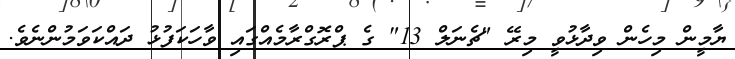
ޔާމީން މިހެން ވިދާޅުވީ މިރޭ "ޗެނަލް 13" ގެ ޕްރޮގްރާމެއްގައި ވާހަކަފުޅު ދައްކަވަމުންނެވެ.